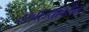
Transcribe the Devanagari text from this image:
दरवाज्यावरील